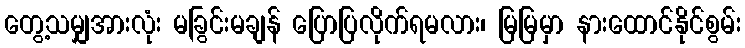
တွေ့သမျှအားလုံး မခြွင်းမချန် ပြောပြလိုက်ရမလား၊ မြမြမှာ နားထောင်နိုင်စွမ်း